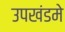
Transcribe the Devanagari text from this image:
उपखंडमे